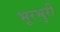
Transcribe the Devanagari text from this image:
भूरभुरी